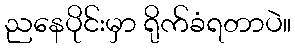
ညနေပိုင်းမှာ ရိုက်ခံရတာပဲ။